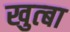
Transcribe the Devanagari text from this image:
खुत्बा